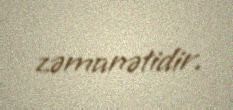
zəmanətidir.